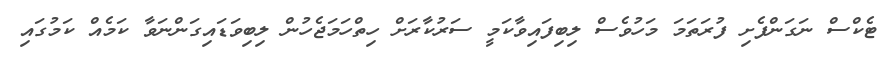
ޓެކްސް ނަގަންފެށި ފުރަތަމަ މަހުވެސް ލިބިފައިވާކަމީ ސަރުކާރަށް ހިތްހަމަޖެހުން ލިބިވަޑައިގަންނަވާ ކަމެއް ކަމުގައި